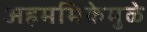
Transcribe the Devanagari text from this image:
अहममिकेमुळे